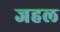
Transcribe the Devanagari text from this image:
जहल